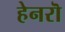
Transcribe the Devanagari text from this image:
हेनरॊ